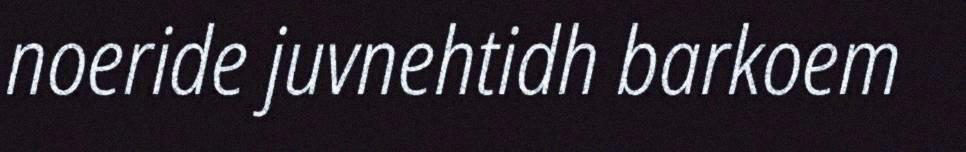
noeride juvnehtidh barkoem